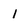
Character: 1